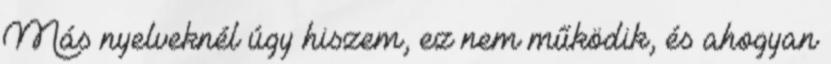
Más nyelveknél úgy hiszem, ez nem működik, és ahogyan